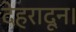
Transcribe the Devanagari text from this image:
देहरादून।